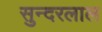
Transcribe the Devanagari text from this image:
सुन्‍दरलाल